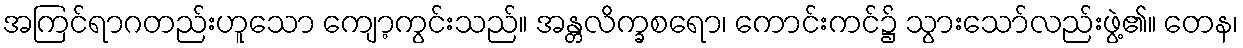
အကြင်ရာဂတည်းဟူသော ကျော့ကွင်းသည်။ အန္တလိက္ခစရော၊ ကောင်းကင်၌ သွားသော်လည်းဖွဲ့၏။ တေန၊